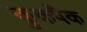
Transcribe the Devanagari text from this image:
कुकपैक